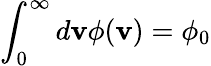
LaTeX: \int_{0}^{\infty}d\mathbf{v}\phi(\mathbf{v})=\phi_{0}